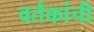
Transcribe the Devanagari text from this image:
वर्तकांची